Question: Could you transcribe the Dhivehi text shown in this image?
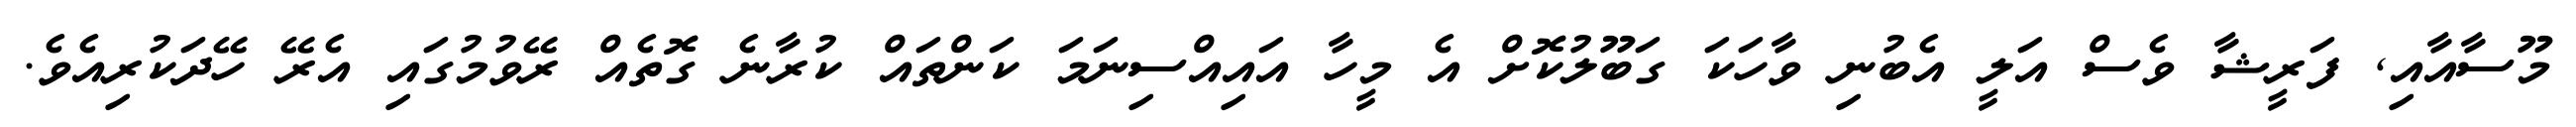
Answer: މޫސާއާއި, ފަރީޝާ ވެސް އަލީ އެބުނި ވާހަކަ ގަބޫލުކޮށް އެ މީހާ އައިއްސިނަމަ ކަންތައް ކުރާނެ ގޮތެއް ރޭވުމުގައި އެރޭ ހޭދަކުރިއެވެ.